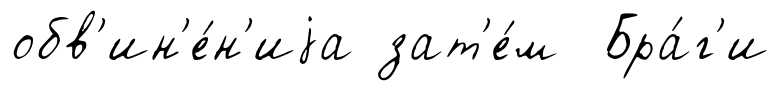
обв'ин'е́н'иjа зат'е́м Бра́г'и